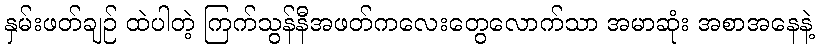
နှမ်းဖတ်ချဉ် ထဲပါတဲ့ ကြက်သွန်နီအဖတ်ကလေးတွေလောက်သာ အမာဆုံး အစာအနေနဲ့